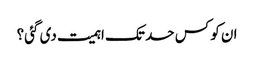
ان کو کس حد تک اہمیت دی گئی؟